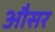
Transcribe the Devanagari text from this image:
औसर